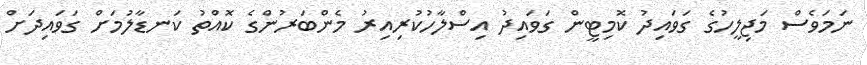
ނަމަވެސް މަޖިލީހުގެ ގަވައިދު ކޮމިޓީން ގަވައިދު އިސްލާހުކުރިއިރު މެންބަރުންގެ ކޮއްތު ކަނޑާލުމަށް ގަވައިދަށް